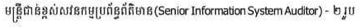
មន្រ្តីជាន់ខ្ពស់សវនកម្មប្រព័ន្ធព័ត៌មាន(Senior Information System Auditor) - ២ រូប